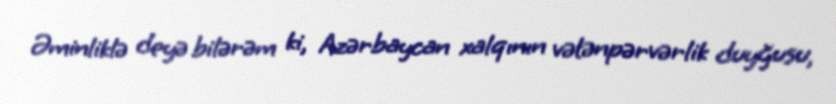
Əminliklə deyə bilərəm ki, Azərbaycan xalqının vətənpərvərlik duyğusu,